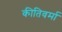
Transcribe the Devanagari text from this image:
कीतिवर्मा